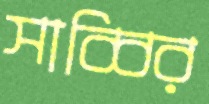
সাব্বির